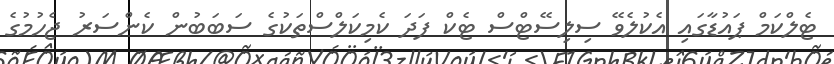
ޓެލްކަމް ޕައުޑާގައި އެކުލެވޭ ސިލިސޭޓްސް ޓެކް ފަދަ ކެމިކަލްސްތަކުގެ ސަބަބުން ކެންސަރު ޖެހުމުގެ